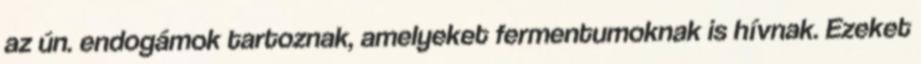
az ún. endogámok tartoznak, amelyeket fermentumoknak is hívnak. Ezeket